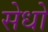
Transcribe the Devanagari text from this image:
सेधो